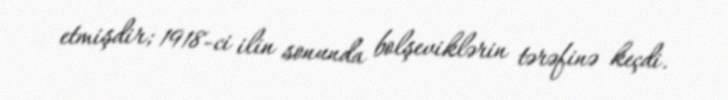
etmişdir; 1918-ci ilin sonunda bolşeviklərin tərəfinə keçdi.